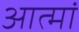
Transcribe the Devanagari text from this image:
आत्मां